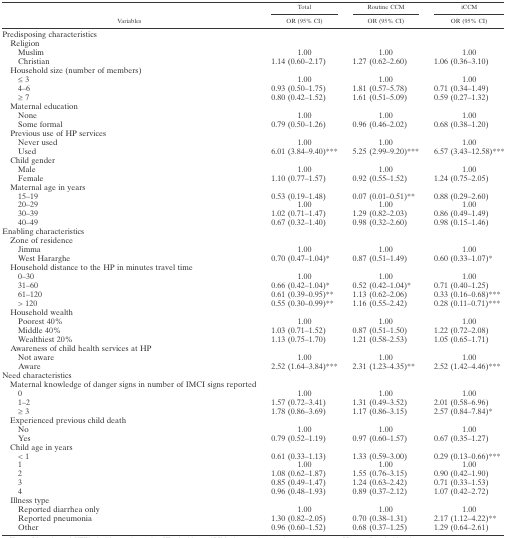
<table><thead><tr><td rowspan="2"><b>Variables</b></td><td><b>Total</b></td><td><b>Routine CCM</b></td><td><b>iCCM</b></td></tr><tr><td><b>OR (95% CI)</b></td><td><b>OR (95% CI)</b></td><td><b>OR (95% CI)</b></td></tr></thead><tbody><tr><td colspan="4">Predisposing characteristics</td></tr><tr><td> Religion</td><td colspan="3"></td></tr><tr><td>Muslim</td><td>1.00</td><td>1.00</td><td>1.00</td></tr><tr><td>Christian</td><td>1.14 (0.60–2.17)</td><td>1.27 (0.62–2.60)</td><td>1.06 (0.36–3.10)</td></tr><tr><td> Household size (number of members)</td><td colspan="3"></td></tr><tr><td>≤ 3</td><td>1.00</td><td>1.00</td><td>1.00</td></tr><tr><td>4–6</td><td>0.93 (0.50–1.75)</td><td>1.81 (0.57–5.78)</td><td>0.71 (0.34–1.49)</td></tr><tr><td>≥ 7</td><td>0.80 (0.42–1.52)</td><td>1.61 (0.51–5.09)</td><td>0.59 (0.27–1.32)</td></tr><tr><td> Maternal education</td><td colspan="3"></td></tr><tr><td>None</td><td>1.00</td><td>1.00</td><td>1.00</td></tr><tr><td>Some formal</td><td>0.79 (0.50–1.26)</td><td>0.96 (0.46–2.02)</td><td>0.68 (0.38–1.20)</td></tr><tr><td> Previous use of HP services</td><td colspan="3"></td></tr><tr><td>Never used</td><td>1.00</td><td>1.00</td><td>1.00</td></tr><tr><td>Used</td><td>6.01 (3.84–9.40)***</td><td>5.25 (2.99–9.20)***</td><td>6.57 (3.43–12.58)***</td></tr><tr><td> Child gender</td><td colspan="3"></td></tr><tr><td>Male</td><td>1.00</td><td>1.00</td><td>1.00</td></tr><tr><td>Female</td><td>1.10 (0.77–1.57)</td><td>0.92 (0.55–1.52)</td><td>1.24 (0.75–2.05)</td></tr><tr><td> Maternal age in years</td><td colspan="3"></td></tr><tr><td>15–19</td><td>0.53 (0.19–1.48)</td><td>0.07 (0.01–0.51)**</td><td>0.88 (0.29–2.60)</td></tr><tr><td>20–29</td><td>1.00</td><td>1.00</td><td>1.00</td></tr><tr><td>30–39</td><td>1.02 (0.71–1.47)</td><td>1.29 (0.82–2.03)</td><td>0.86 (0.49–1.49)</td></tr><tr><td>40–49</td><td>0.67 (0.32–1.40)</td><td>0.98 (0.32–2.60)</td><td>0.98 (0.15–1.46)</td></tr><tr><td colspan="4">Enabling characteristics</td></tr><tr><td> Zone of residence</td><td colspan="3"></td></tr><tr><td>Jimma</td><td>1.00</td><td>1.00</td><td>1.00</td></tr><tr><td>West Hararghe</td><td>0.70 (0.47–1.04)*</td><td>0.87 (0.51–1.49)</td><td>0.60 (0.33–1.07)*</td></tr><tr><td> Household distance to the HP in minutes travel time</td><td colspan="3"></td></tr><tr><td>0–30</td><td>1.00</td><td>1.00</td><td>1.00</td></tr><tr><td>31–60</td><td>0.66 (0.42–1.04)*</td><td>0.52 (0.42–1.04)*</td><td>0.71 (0.40–1.25)</td></tr><tr><td>61–120</td><td>0.61 (0.39–0.95)**</td><td>1.13 (0.62–2.06)</td><td>0.33 (0.16–0.68)***</td></tr><tr><td>&gt; 120</td><td>0.55 (0.30–0.99)**</td><td>1.16 (0.55–2.42)</td><td>0.28 (0.11–0.71)***</td></tr><tr><td> Household wealth</td><td colspan="3"></td></tr><tr><td>Poorest 40%</td><td>1.00</td><td>1.00</td><td>1.00</td></tr><tr><td>Middle 40%</td><td>1.03 (0.71–1.52)</td><td>0.87 (0.51–1.50)</td><td>1.22 (0.72–2.08)</td></tr><tr><td>Wealthiest 20%</td><td>1.13 (0.75–1.70)</td><td>1.21 (0.58–2.53)</td><td>1.05 (0.65–1.71)</td></tr><tr><td> Awareness of child health services at HP</td><td colspan="3"></td></tr><tr><td>Not aware</td><td>1.00</td><td>1.00</td><td>1.00</td></tr><tr><td>Aware</td><td>2.52 (1.64–3.84)***</td><td>2.31 (1.23–4.35)**</td><td>2.52 (1.42–4.46)***</td></tr><tr><td colspan="4">Need characteristics</td></tr><tr><td> Maternal knowledge of danger signs in number of IMCI signs reported</td><td colspan="3"></td></tr><tr><td>0</td><td>1.00</td><td>1.00</td><td>1.00</td></tr><tr><td>1–2</td><td>1.57 (0.72–3.41)</td><td>1.31 (0.49–3.52)</td><td>2.01 (0.58–6.96)</td></tr><tr><td>≥ 3</td><td>1.78 (0.86–3.69)</td><td>1.17 (0.86–3.15)</td><td>2.57 (0.84–7.84)*</td></tr><tr><td> Experienced previous child death</td><td colspan="3"></td></tr><tr><td>No</td><td>1.00</td><td>1.00</td><td>1.00</td></tr><tr><td>Yes</td><td>0.79 (0.52–1.19)</td><td>0.97 (0.60–1.57)</td><td>0.67 (0.35–1.27)</td></tr><tr><td> Child age in years</td><td colspan="3"></td></tr><tr><td>&lt; 1</td><td>0.61 (0.33–1.13)</td><td>1.33 (0.59–3.00)</td><td>0.29 (0.13–0.66)***</td></tr><tr><td>1</td><td>1.00</td><td>1.00</td><td>1.00</td></tr><tr><td>2</td><td>1.08 (0.62–1.87)</td><td>1.55 (0.76–3.15)</td><td>0.90 (0.42–1.90)</td></tr><tr><td>3</td><td>0.85 (0.49–1.47)</td><td>1.24 (0.63–2.42)</td><td>0.71 (0.33–1.53)</td></tr><tr><td>4</td><td>0.96 (0.48–1.93)</td><td>0.89 (0.37–2.12)</td><td>1.07 (0.42–2.72)</td></tr><tr><td> Illness type</td><td colspan="3"></td></tr><tr><td>Reported diarrhea only</td><td>1.00</td><td>1.00</td><td>1.00</td></tr><tr><td>Reported pneumonia</td><td>1.30 (0.82–2.05)</td><td>0.70 (0.38–1.31)</td><td>2.17 (1.12–4.22)**</td></tr><tr><td>Other</td><td>0.96 (0.60–1.52)</td><td>0.68 (0.37–1.25)</td><td>1.29 (0.64–2.61)</td></tr></tbody></table>